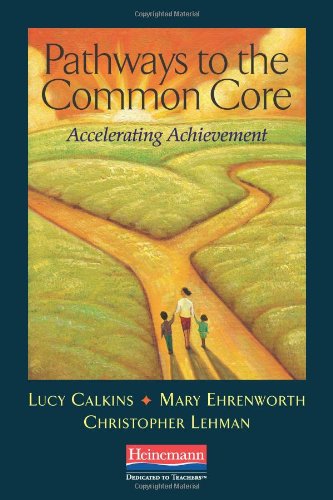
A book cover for Pathways to the Common Core: Accelerating Achievement; Lucy Calkins; Education & Teaching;